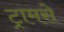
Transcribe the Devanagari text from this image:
ट्रामसे